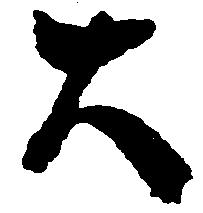
大